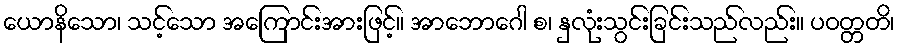
ယောနိသော၊ သင့်သော အကြောင်းအားဖြင့်။ အာဘောဂေါ စ၊ နှလုံးသွင်းခြင်းသည်လည်း။ ပဝတ္တတိ၊